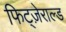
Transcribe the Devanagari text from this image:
फिट्ज़ेराल्ड